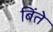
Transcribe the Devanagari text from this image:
बिंते